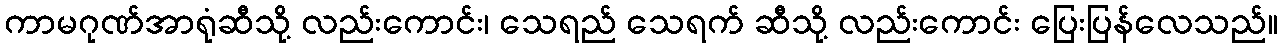
ကာမဂုဏ်အာရုံဆီသို့ လည်းကောင်း၊ သေရည် သေရက် ဆီသို့ လည်းကောင်း ပြေးပြန်လေသည်။